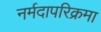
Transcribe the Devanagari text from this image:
नर्मदापरिक्रमा